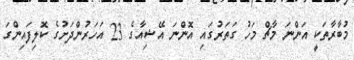
މުބާރާތަކީ އަންނަ މާޗް މަހު ގަތަރުގައި އޮންނަ އޭޝިއާގެ 23 އަހަރުންދަށުގެ ކޮލިފައިންގަ